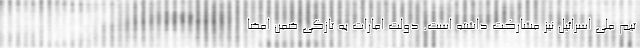
تیم ملی اسرائیل نیز مشارکت داشته است. دولت امارات به تازگی ضمن امضا